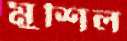
মুশিল